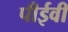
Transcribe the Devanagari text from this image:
पीईवी